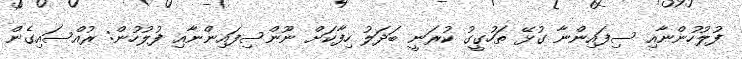
ފުލުހުންނާއި ސިފައިންނާ ގުޅޭ ތަހުގީގު ކުރަނީ ބަދަލު ހިފާކަށް ނޫންސިފައިންނާއި ފުލުހުން: ރުއްސައިގެން